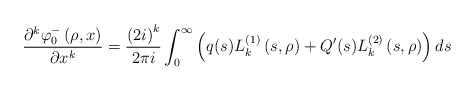
\begin{align*}\frac{\partial^{k}\varphi_{0}^{-}\left( \rho,x\right) }{\partial x^{k}}=\frac{\left( 2i\right) ^{k}}{2\pi i}\int_{0}^{\infty}\left(q(s)L_{k}^{\left( 1\right) }\left( s,\rho\right) +Q^{\prime}(s)L_{k}^{\left( 2\right) }\left( s,\rho\right) \right) ds\end{align*}